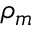
\rho _ { m }